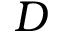
D